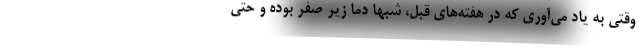
وقتی به یاد می‌آوری که در هفته‌های قبل، شبها دما زیر صفر بوده و حتی